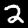
Digit: 2